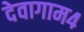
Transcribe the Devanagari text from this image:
देवागाम४